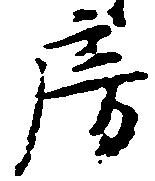
房